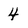
Character: 4